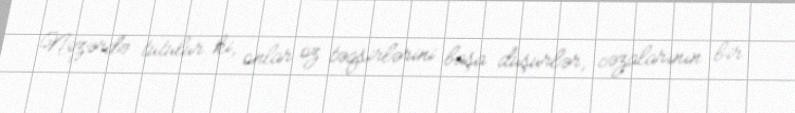
Nəzərdə tutulur ki, onlar öz təqsirlərini başa düşürlər, cəzalarının bir